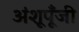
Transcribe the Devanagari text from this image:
अंशूपूँजी